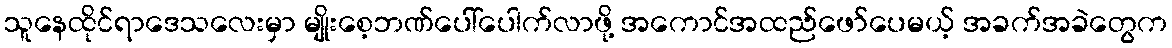
သူနေထိုင်ရာဒေသလေးမှာ မျိုးစေ့ဘဏ်ပေါ်ပေါက်လာဖို့ အကောင်အထည်ဖော်ပေမယ့် အခက်အခဲတွေက